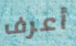
أعرف